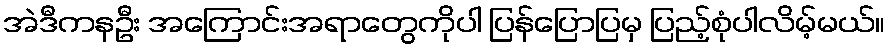
အဲဒီကနဦး အကြောင်းအရာတွေကိုပါ ပြန်ပြောပြမှ ပြည့်စုံပါလိမ့်မယ်။